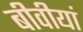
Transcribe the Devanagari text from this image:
बीवीयां